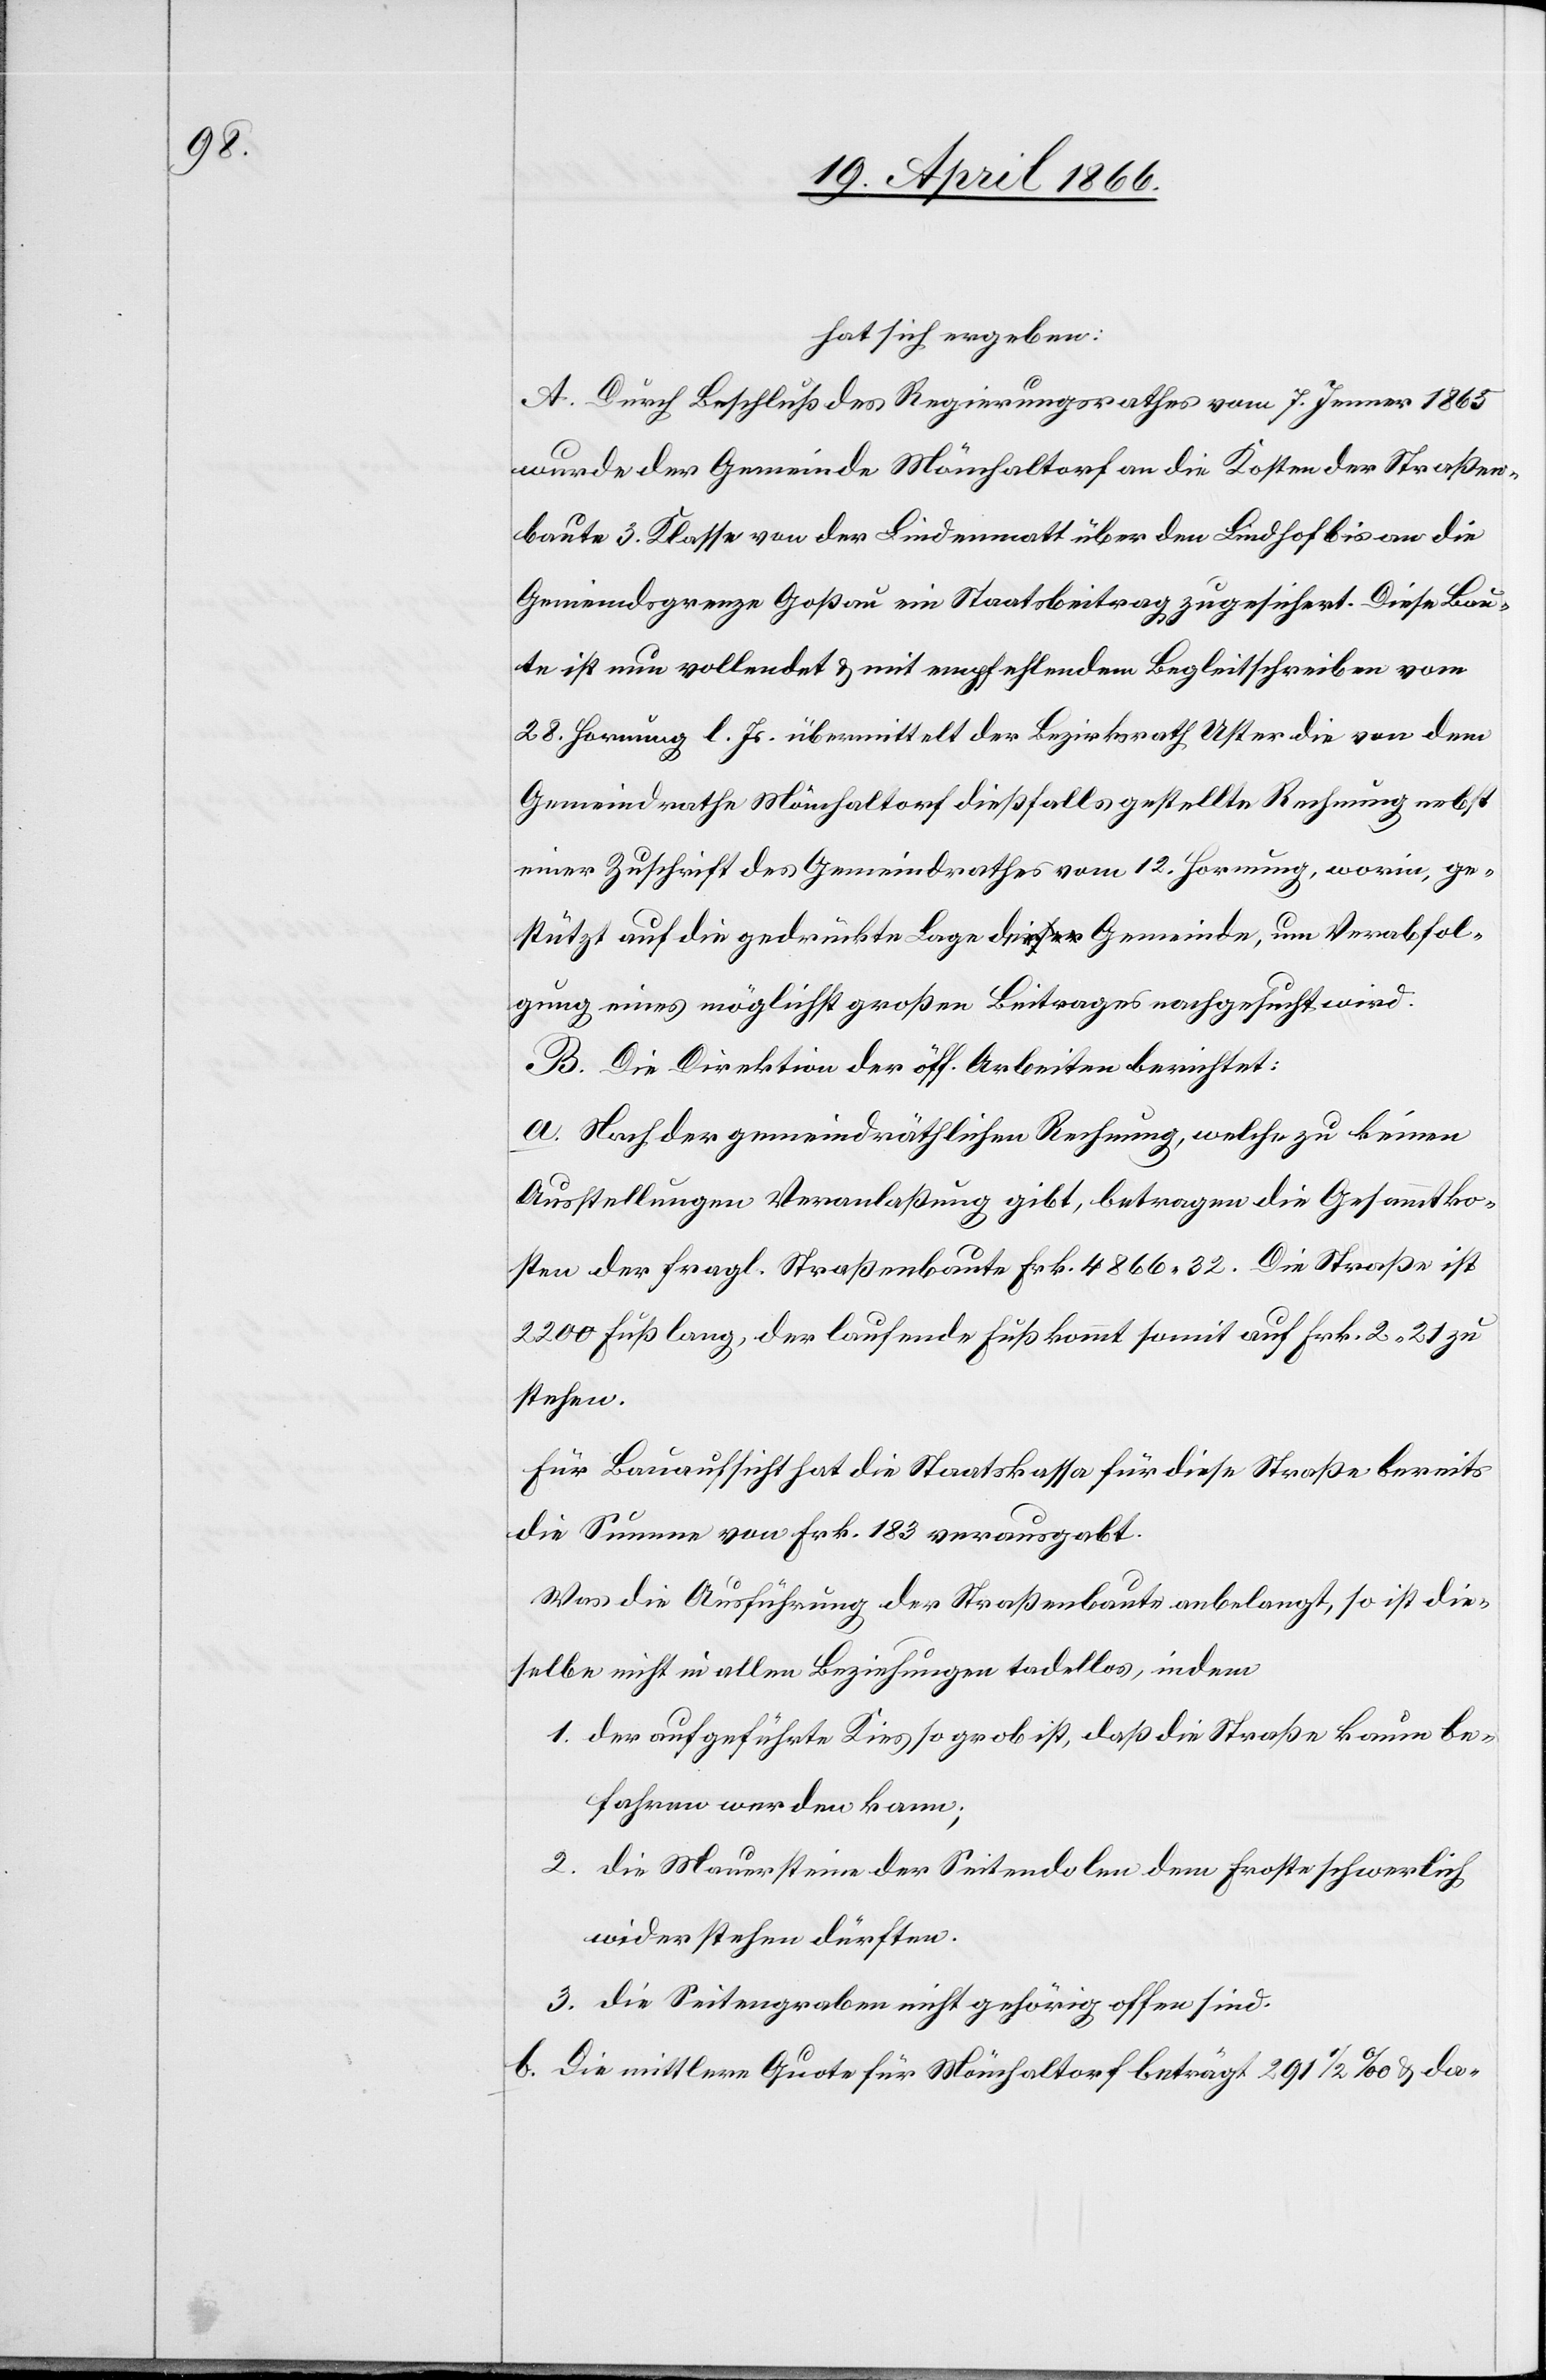
hat sich ergeben:
A. Durch Beschluß des Regierungsrathes vom 7. Jenner 1865
wurde der Gemeinde Mönchaltorf an die Kosten der Straßen¬
baute 3. Klasse von der Lindenmatt über den Lindhof bis an die
Gemeindsgrenze Goßau ein Staatsbeitrag zugesichert. Diese Bau¬
te ist nun vollendet u. mit empfehlendem Begleitschreiben vom
28. Hornung l. Js. übermittelt der Bezirksrath Uster die von dem
Gemeindrathe Mönchaltorf dießfalls gestellte Rechnung nebst
einer Zuschrift des Gemeindrathes vom 12. Hornung, worin, ge¬
stützt auf die gedrückte Lage der Gemeinde, um Verabfol¬
gung eines möglichst großen Beitrages nachgesucht wird.
B. Die Direktion der öff. Arbeiten berichtet:
a. Nach der gemeindräthlichen Rechnung, welche zu keinen
Ausstellungen Veranlaßung gibt, betragen die Gesammtko¬
sten der fragl. Straßenbaute Frk. 4866.32. Die Straße ist
2200 Fuß lang, der laufende Fuß kommt somit auf Frk. 2.21 zu
stehen.
Für Bauaufsicht hat die Staatskasse für diese Straße bereits
die Summe von Frk. 183 verausgabt.
Was die Ausführung der Straßenbaute anbelangt, so ist die¬
selbe nicht in allen Beziehungen tadellos, indem
1. der aufgeführte Kies so grob ist, daß die Straße kaum be¬
fahren werden kann;
2. die Mauersteine der Seitendolen dem Froste schwerlich
widerstehen dürften;
3. die Seitengraben nicht gehörig offen sind.
b. Die mittlere Quote für Mönchaltorf beträgt 291 ½ ‰ u. da-